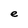
Character: e